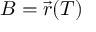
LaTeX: B = { \vec { r } } ( T )